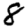
Digit: 8